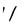
Character: 1